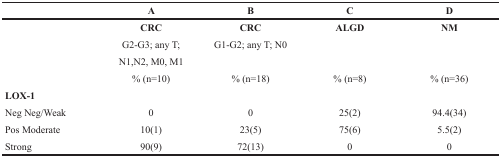
<table><thead><tr><td></td><td><b>A</b></td><td><b>B</b></td><td><b>C</b></td><td><b>D</b></td></tr></thead><tbody><tr><td></td><td><b>CRC</b></td><td><b>CRC</b></td><td><b>ALGD</b></td><td><b>NM</b></td></tr><tr><td></td><td>G2-G3; any T;</td><td>G1-G2; any T; N0</td><td></td><td></td></tr><tr><td></td><td>N1,N2, M0, M1</td><td></td><td></td><td></td></tr><tr><td></td><td>% (n=10)</td><td>% (n=18)</td><td>% (n=8)</td><td>% (n=36)</td></tr><tr><td><b>LOX-1</b></td><td></td><td></td><td></td><td></td></tr><tr><td>Neg Neg/Weak</td><td>0</td><td>0</td><td>25(2)</td><td>94.4(34)</td></tr><tr><td>Pos Moderate</td><td>10(1)</td><td>23(5)</td><td>75(6)</td><td>5.5(2)</td></tr><tr><td>Strong</td><td>90(9)</td><td>72(13)</td><td>0</td><td>0</td></tr></tbody></table>